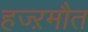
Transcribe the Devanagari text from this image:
हज्ऱमौत